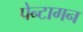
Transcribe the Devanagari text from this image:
पेन्टागन